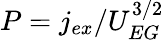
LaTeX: P=j_{ex}/U_{EG}^{3/2}